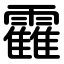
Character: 靃